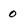
Character: 0